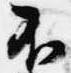
不